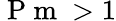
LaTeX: \mathrm{~P~m~}>1